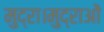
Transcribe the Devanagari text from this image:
मुद्रा।मुद्राओं